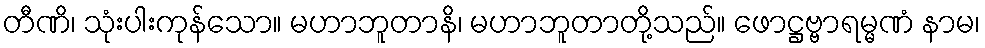
တီဏိ၊ သုံးပါးကုန်သော။ မဟာဘူတာနိ၊ မဟာဘူတာတို့သည်။ ဖောဋ္ဌဗ္ဗာရမ္မဏံ နာမ၊